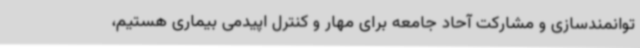
توانمندسازی و مشارکت آحاد جامعه برای مهار و کنترل اپیدمی بیماری هستیم،